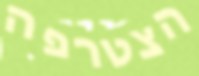
הצטרפה